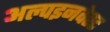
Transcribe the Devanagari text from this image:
अल्पइनवेस्ट